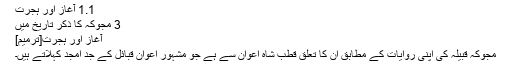
1.1 آغاز اور ہجرت
3 مجوکہ کا ذکر تاریخ میں
آغاز اور ہجرت[ترمیم]
مجوکہ قبیلہ کی اپنی روایات کے مطابق ان کا تعلق قطب شاہ اعوان سے ہے جو مشہور اعوان قبائل کے جد امجد کہلاتے ہیں۔